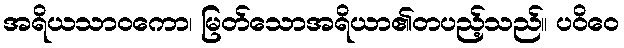
အရိယသာဝကော၊ မြတ်သောအရိယာ၏တပည့်သည်။ ပဝိဝေ